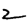
Digit: 2